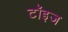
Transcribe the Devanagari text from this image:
टॉइज